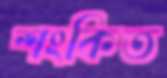
শংকিত